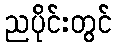
ညပိုင်းတွင်